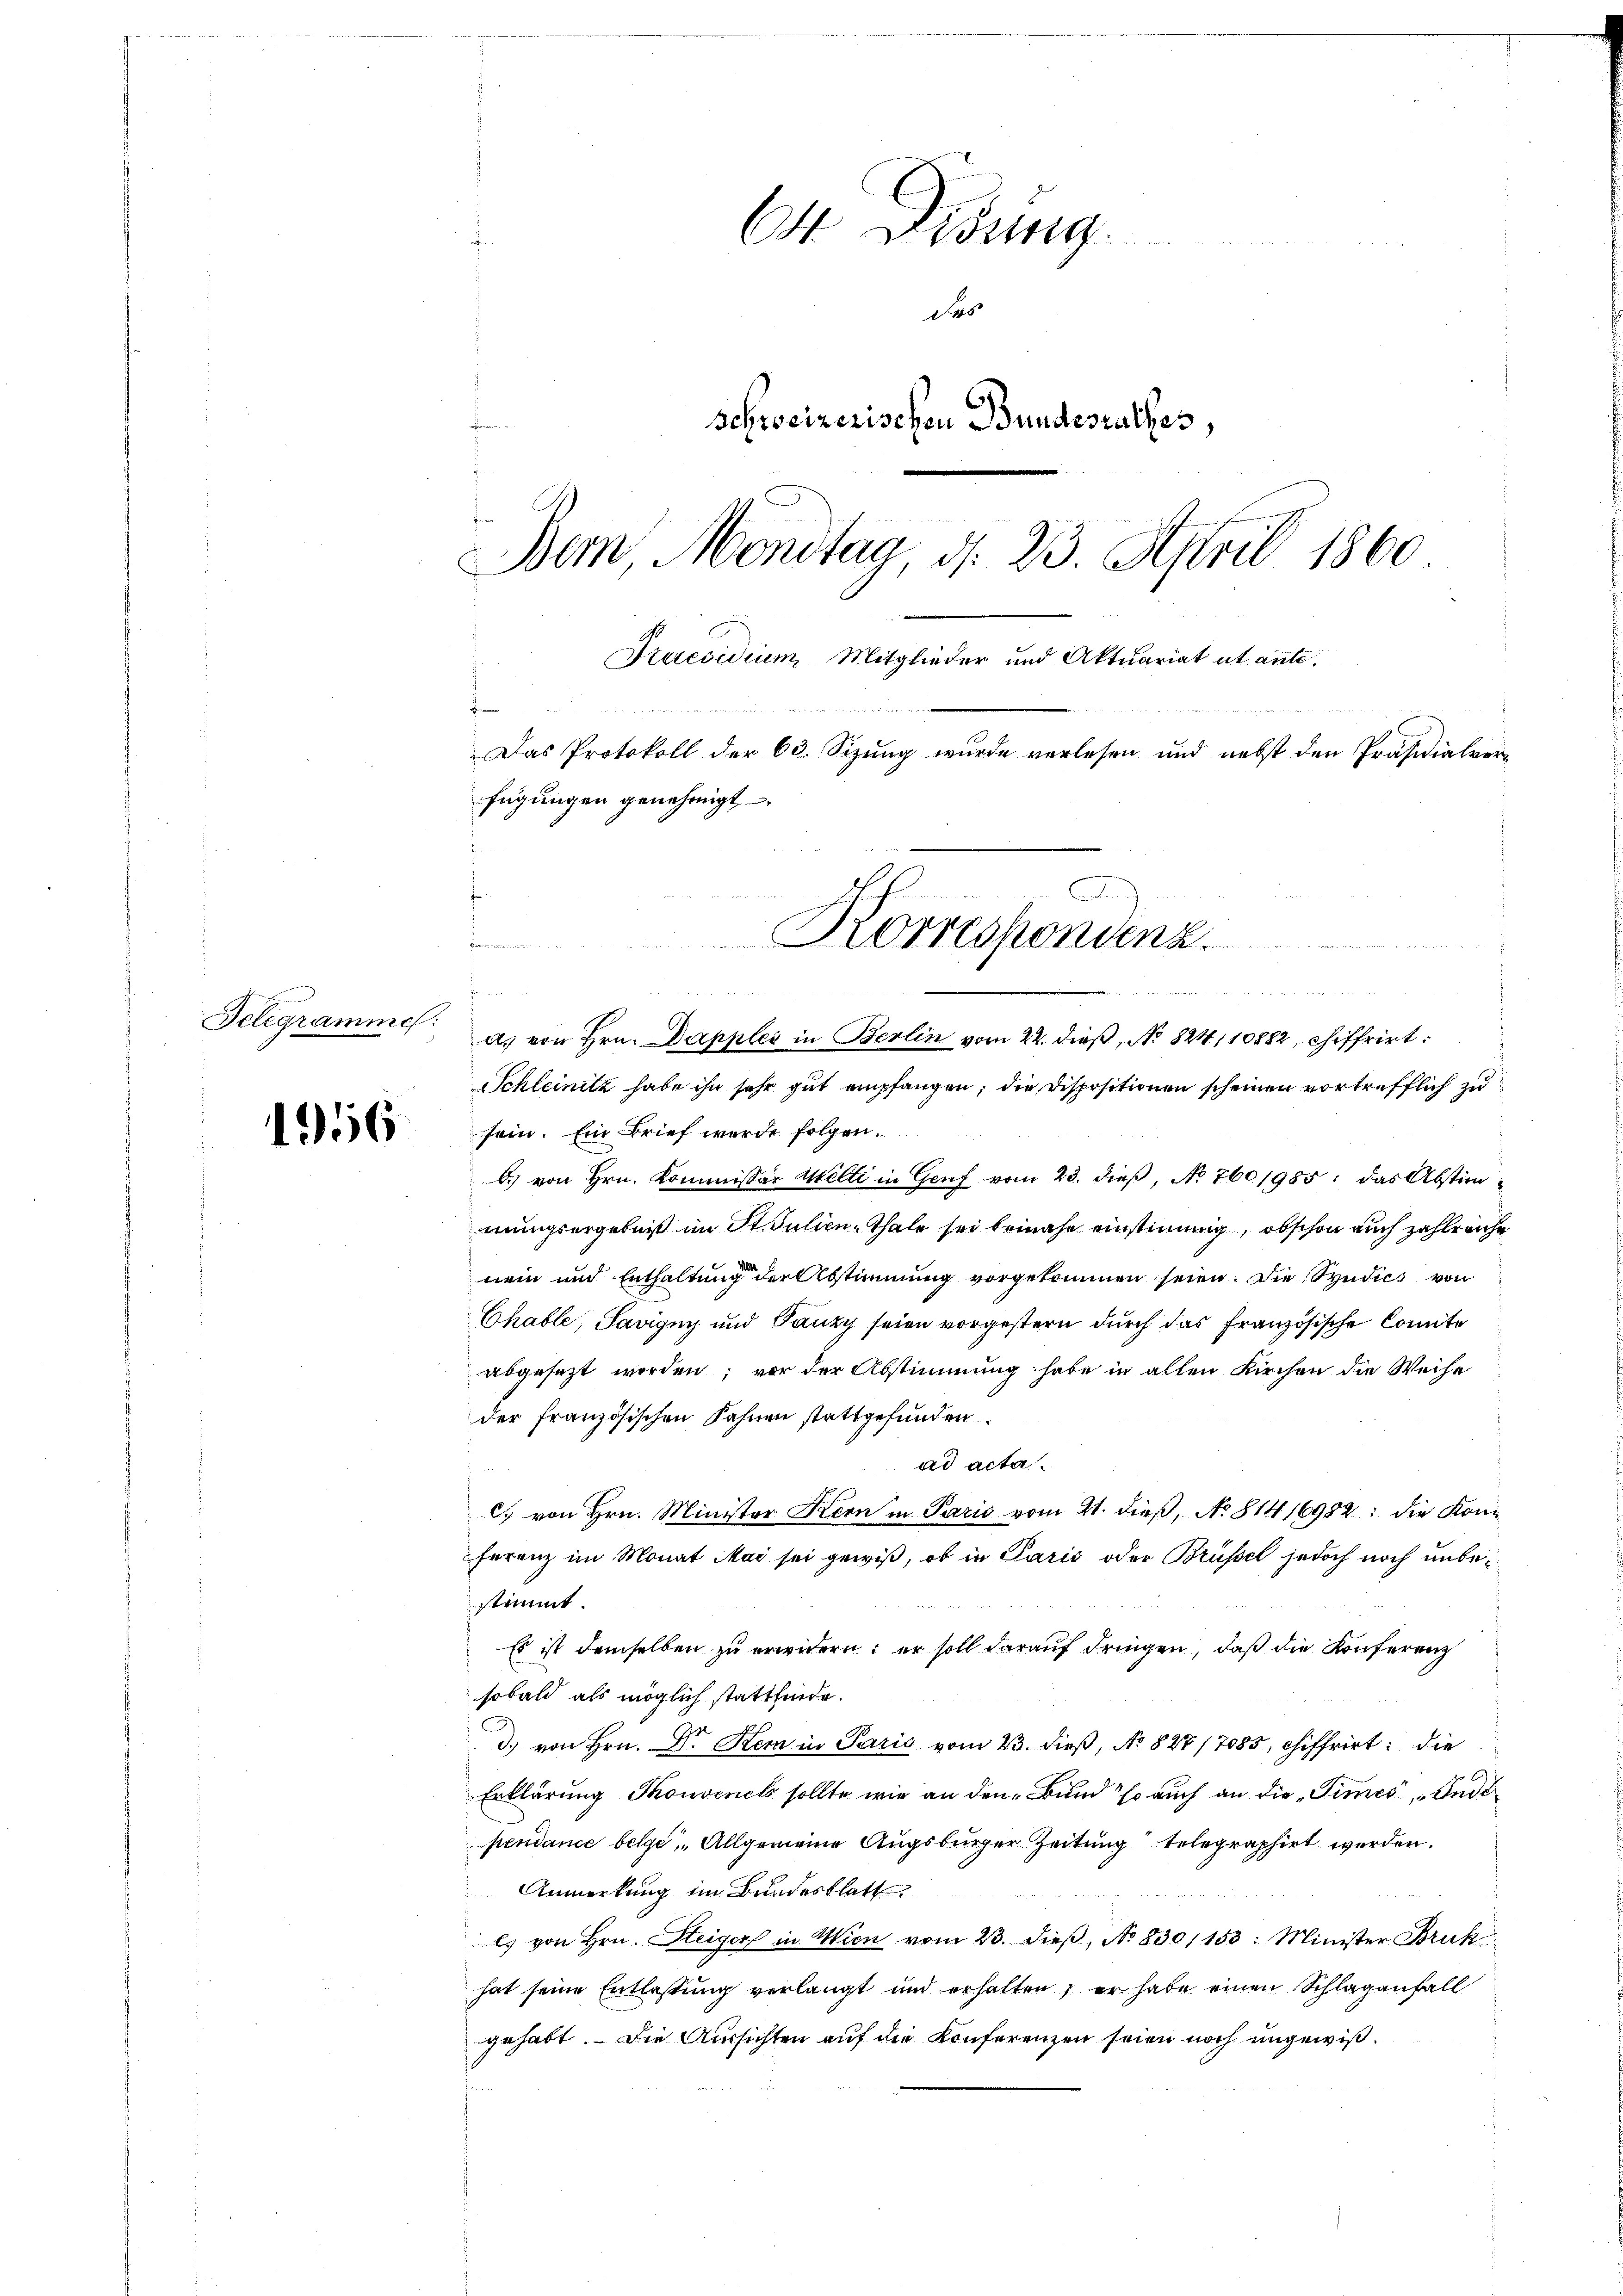
Telegramme:

1956

O Didung.
das
schweizerischen Bundesrathes,
Dem Montag d. 23. April 1860
Praesidium Mitglieder und Aktuariat ut ante.
x
Das Protokoll der 63. Sizung wurde verlesen und nebst den Präsidialverfügungen genehmigt,

f.
d. von Hrn. Dapples in Berlin vom 22. dieß, No 824/10882, chiffrirt
Schleinitz habe ihn sehr gut empfangen, die Dispositionen scheinen vortrefflich zu
sein. Ein Brief wurde folgen.
b) von Hrn. Kommissär Mille in Genf vom 23. dieß, No 760/985; das Abstimmungsergebniß im St. Julien-Thale sei beinahe einstimmig, obschon auch zahlreiche
mein und Enthaltung der Abstimmung vorgekommen seien. Die Syndics von
Chable, Savigny und Panzy seien vorgestern durch das französische Comite
abgesezt worden; vor der Abstimmung habe in allen Kirchen die Weise
der französischen Fahnen stattgefunden
ad acta.
C. von Hrn. Minister Kern in Parić vom 21. dieß, No 814 16982: die Konferenz im Monat Mai sei gewiß, ob in Paris oder Brüssel jedoch noch unbestimmt
Es ist demselben zu erwidern; er soll darauf dringen, daß die Konferenz
sobald als möglich stattfinde.
d. von Hrn. Dr. Kein in Paris vom 23. dieß, No. 827/7085, chiffrirt: die
Erklärung Thonvenels sollte wie an den Bund so auch an die „Times Indipendance belge Allgemeine Augsburger Zeitung telegraphirt werden.
Anmerkung im Bundesblatt.
ls von Hrn. Steiger in Wien vom 23. dieβ, No 830/153: Minister Bruk
hat seine Entlassung verlangt und erhalten, er habe einen Schlaganfall
gehabt. Die Aussichten auf die Konferenzen seien noch ungewiß¬

Korrespondenz.